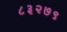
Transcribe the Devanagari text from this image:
८३२७९